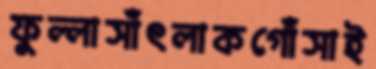
ফুল্লাসাঁৎলাকগোঁসাই